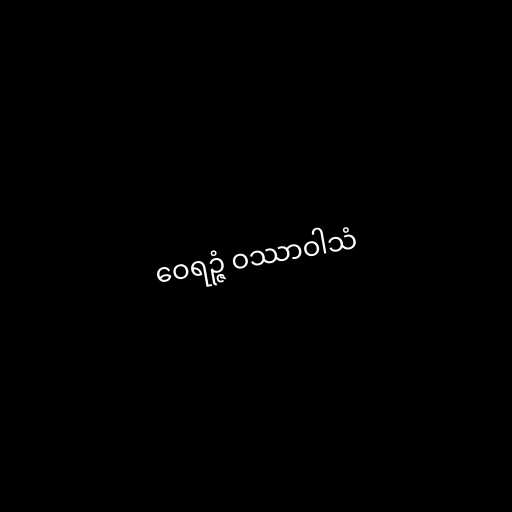
ဝေရဉ္ဇံ ဝဿာဝါသံ